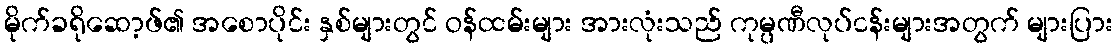
မိုက်ခရိုဆော့ဖ်၏ အစောပိုင်း နှစ်များတွင် ဝန်ထမ်းများ အားလုံးသည် ကုမ္ပဏီလုပ်ငန်းများအတွက် များပြား